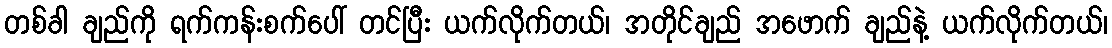
တစ်ခါ ချည်ကို ရက်ကန်းစက်ပေါ် တင်ပြီး ယက်လိုက်တယ်၊ အတိုင်ချည် အဖောက် ချည်နဲ့ ယက်လိုက်တယ်၊